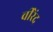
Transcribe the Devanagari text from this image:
वीरेंद